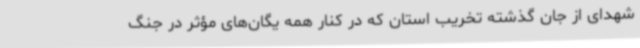
شهدای از جان گذشته تخریب استان که در کنار همه یگان‌های مؤثر در جنگ